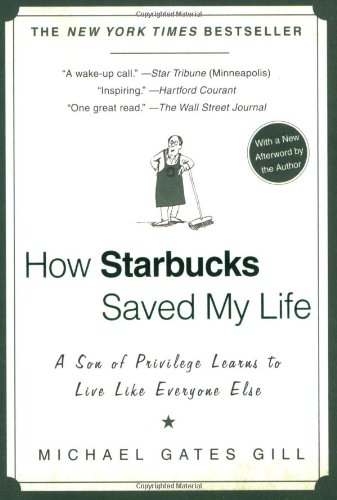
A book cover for How Starbucks Saved My Life: A Son of Privilege Learns to Live Like Everyone Else; Michael Gates Gill; Business & Money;